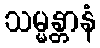
သမ္မန္တာနံ